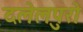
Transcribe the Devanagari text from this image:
दलेलपुरो